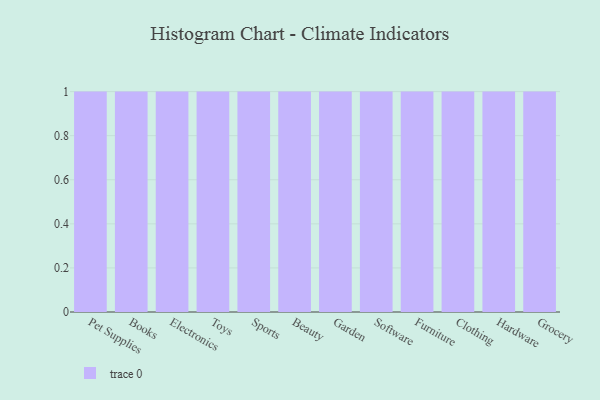
{"axis": {"x": "Category", "y": "Satisfaction Score"}, "legend": [""], "data": [{"x": "Pet Supplies", "y": 66, "type": ""}, {"x": "Books", "y": 77, "type": ""}, {"x": "Electronics", "y": 96, "type": ""}, {"x": "Toys", "y": 100, "type": ""}, {"x": "Sports", "y": 22, "type": ""}, {"x": "Beauty", "y": 13, "type": ""}, {"x": "Garden", "y": 98, "type": ""}, {"x": "Software", "y": 97, "type": ""}, {"x": "Furniture", "y": 94, "type": ""}, {"x": "Clothing", "y": 70, "type": ""}, {"x": "Hardware", "y": 92, "type": ""}, {"x": "Grocery", "y": 34, "type": ""}]}